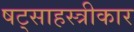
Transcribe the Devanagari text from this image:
षट्साहस्त्रीकार